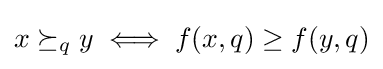
x\succeq _{q}y\iff f(x,q)\geq f(y,q)